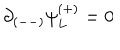
\partial _ { ( -- ) } \psi _ { L } ^ { ( + ) } = 0